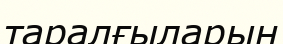
таралғыларын